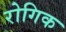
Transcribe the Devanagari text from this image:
रोगिक